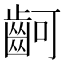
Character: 䶗